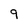
Character: 9